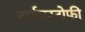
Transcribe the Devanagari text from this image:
हाईपरट्रोफी